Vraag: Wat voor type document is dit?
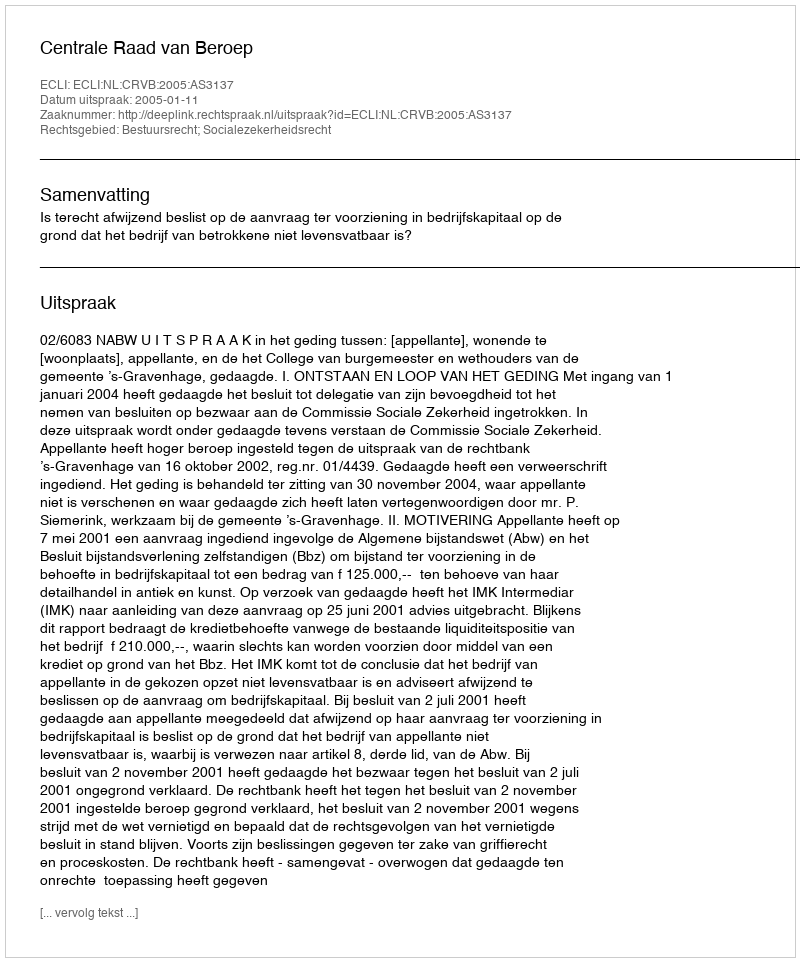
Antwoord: Uitspraak